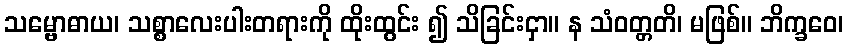
သမ္ဗောဓာယ၊ သစ္စာလေးပါးတရားကို ထိုးထွင်း ၍ သိခြင်းငှာ။ န သံဝတ္တတိ၊ မဖြစ်။ ဘိက္ခဝေ၊